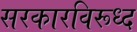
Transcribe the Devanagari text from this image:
सरकारविरूध्द